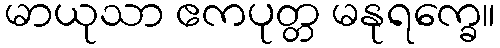
မာယုသာ ဧကပုတ္တ မနုရက္ခေ။